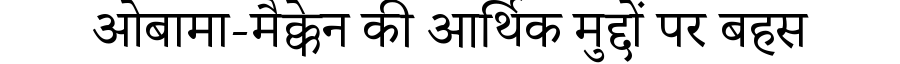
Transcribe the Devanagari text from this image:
ओबामा-मैक्केन की आर्थिक मुद्दों पर बहस